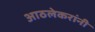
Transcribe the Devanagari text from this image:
आठलेकरांनी